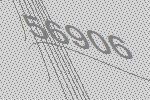
56906